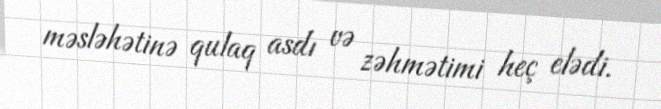
məsləhətinə qulaq asdı və zəhmətimi heç elədi.